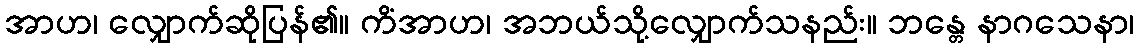
အာဟ၊ လျှောက်ဆိုပြန်၏။ ကိံအာဟ၊ အဘယ်သို့လျှောက်သနည်း။ ဘန္တေ နာဂသေနာ၊